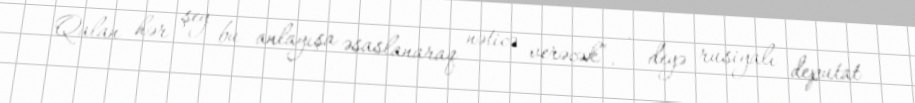
Qalan hər şey bu anlayışa əsaslanaraq nəticə verəcək”, - deyə rusiyalı deputat